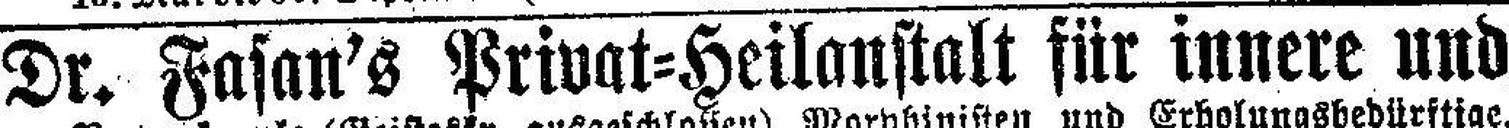
Dr. Fasan's Privat=Heilanstalt für innere und